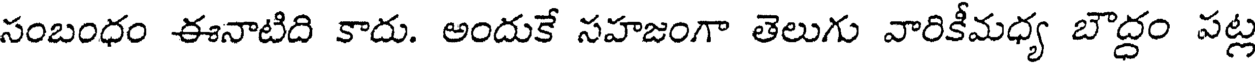
సంబంధం ఈనాటిది కాదు. అందుకే సహజంగా తెలుగు వారికీమధ్య బౌద్ధం పట్ల